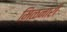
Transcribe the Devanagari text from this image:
मिळनारी